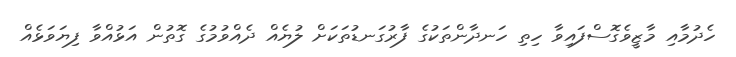
ހެދުމާއި މާޒީވެގޮސްފައިވާ ހިތި ހަނދާންތަކުގެ ފާރުގަނޑުތަކަށް ލުޔެއް ދެއްވުމުގެ ގޮތުން އަޅުއްވާ ފިޔަވަޅެއް